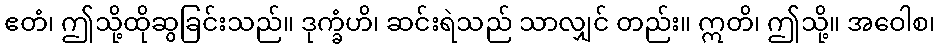
ဧတံ၊ ဤသို့ထိုဆွခြင်းသည်။ ဒုက္ခံဟိ၊ ဆင်းရဲသည် သာလျှင် တည်း။ ဣတိ၊ ဤသို့။ အဝေါစ၊